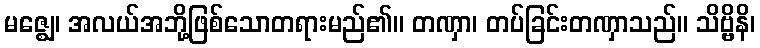
မဇ္ဈေ၊ အလယ်အဘို့ဖြစ်သောတရားမည်၏။ တဏှာ၊ တပ်ခြင်းတဏှာသည်။ သိဗ္ဗိနိ၊